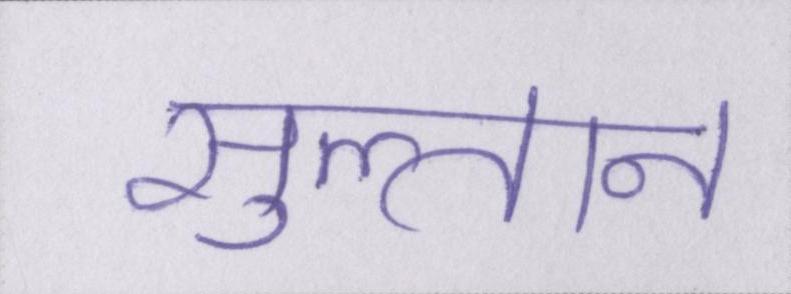
सुल्तान